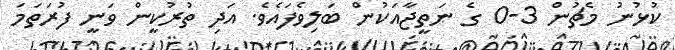
ކުޅުނު މެޗުން 3-0 ގެ ނަތީޖާއަކުން ބަލިވެފައެވެ. އަދި ތުރުކީން ވަނީ ފުރަތަމަ